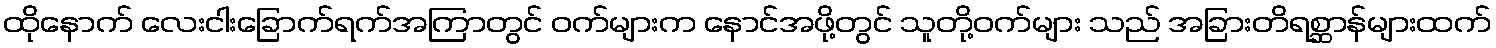
ထိုနောက် လေးငါးခြောက်ရက်အကြာတွင် ဝက်များက နောင်အဖို့တွင် သူတို့ဝက်များ သည် အခြားတိရစ္ဆာန်များထက်